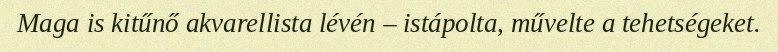
Maga is kitűnő akvarellista lévén – istápolta, művelte a tehetségeket.